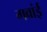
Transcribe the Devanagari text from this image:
गवांई